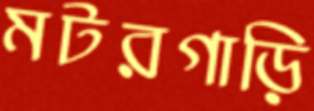
মটরগাড়ি